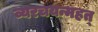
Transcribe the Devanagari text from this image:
व्यरचयन्महत्